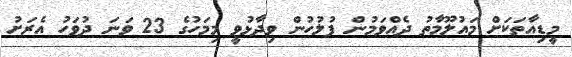
މީޑިއާތަކަށް މައުލޫމާތު ދެއްވަމުން ފުލުހުން ވިދާޅުވީ މިމަހުގެ 23 ވަނަ ދުވަހު އެރަށު